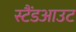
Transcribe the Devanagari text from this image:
स्टैंडआउट